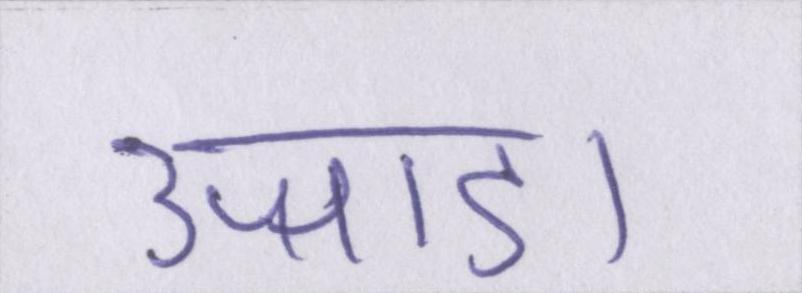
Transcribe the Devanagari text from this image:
उजाडा